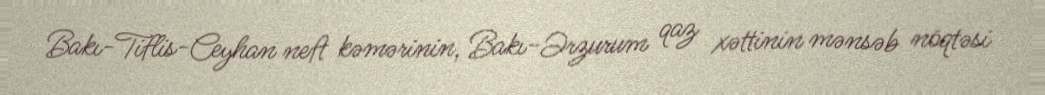
Bakı-Tiflis-Ceyhan neft kəmərinin, Bakı-Ərzurum qaz xəttinin mənsəb nöqtəsi